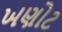
ખણોટ